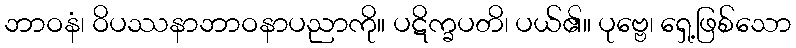
ဘာဝနံ၊ ဝိပဿနာဘာဝနာပညာကို။ ပဋိက္ခပတိ၊ ပယ်၏။ ပုဗ္ဗေ၊ ရှေ့ဖြစ်သော